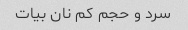
سرد و حجم کم نان بیات